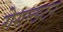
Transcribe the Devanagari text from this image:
गेराल्डटन